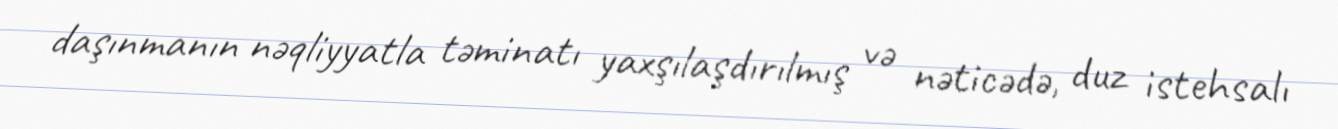
daşınmanın nəqliyyatla təminatı yaxşılaşdırılmış və nəticədə, duz istehsalı